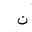
Letter: _non